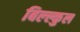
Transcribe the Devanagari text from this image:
बिल्ल्कुल